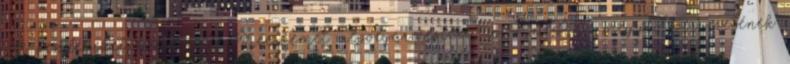
A vendégeket köszöntötte Kecskemét alpolgármestere, a KDNP megyei szervezetének